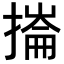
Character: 𢳳